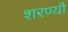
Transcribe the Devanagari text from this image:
शरण्यौ